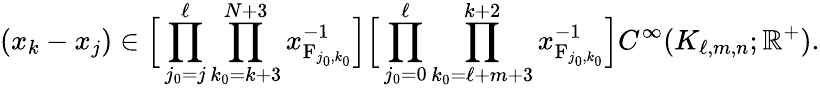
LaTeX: (x_{k}-x_{j})\in\Big[\prod_{j_{0}=j}^{\ell}\prod_{k_{0}=k+3}^{N+3}x_{\mathrm{F}_{j_{0},k_{0}}}^{-1}\Big]\Big[\prod_{j_{0}=0}^{\ell}\prod_{k_{0}=\ell+m+3}^{k+2}x_{\mathrm{F}_{j_{0},k_{0}}}^{-1}\Big]C^{\infty}(K_{\ell,m,n};\mathbb{R}^{+}).